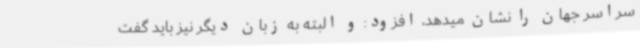
سراسر جهان را نشان میدهد، افزود: و البته به زبان دیگر نیز باید گفت